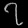
Digit: ၇